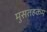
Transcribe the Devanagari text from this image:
मुसतहकम